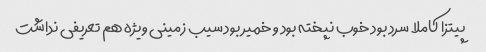
پیتزا کاملا سرد بود خوب نپخته بود و خمیر بود سیب زمینی ویژه هم تعریفی نداشت